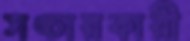
সঙ্চারকারী